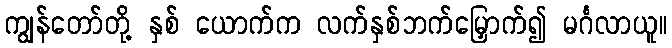
ကျွန်တော်တို့ နှစ် ယောက်က လက်နှစ်ဘက်မြှောက်၍ မင်္ဂလာယူ။